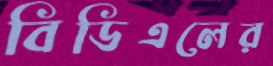
বিডিএলের